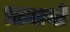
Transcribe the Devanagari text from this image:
प्रामाणों